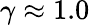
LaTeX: \gamma\approx 1.0